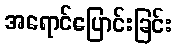
အရောင်ပြောင်းခြင်း